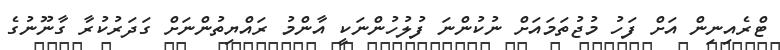
ޓްރެއިނިން އަށް ފަހު މުޖުތަމައަށް ނުކުންނަ ފުލުހުންނަކީ އާންމު ރައްޔިތުންނަށް ގަދަރުކުރާ ގާނޫނުގެ